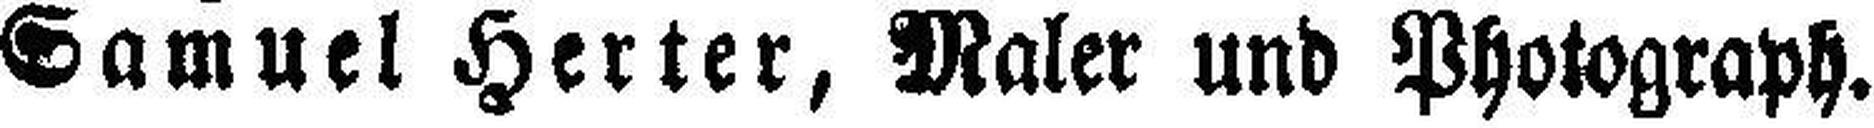
Samuel Herter, Maler und Photograph.